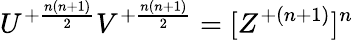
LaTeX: U^{+{\frac{n(n+1)}{2}}}V^{+{\frac{n(n+1)}{2}}}=[Z^{+{(n+1)}}]^{n}